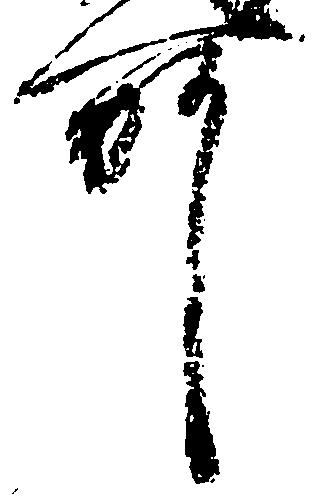
所